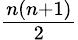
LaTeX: \textstyle{\frac{n(n+1)}{2}}